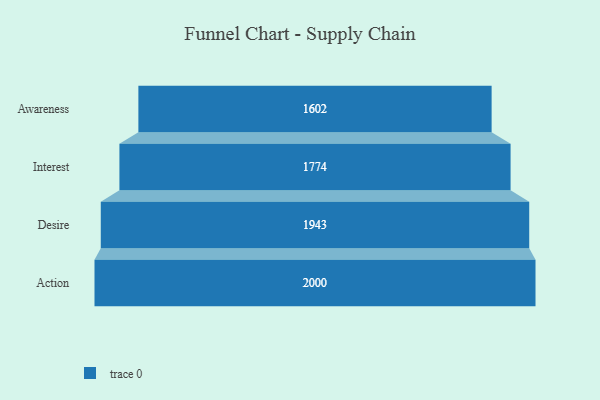
{"axis": {"x": "Stage", "y": "Value"}, "legend": [""], "data": [{"x": "Awareness", "y": 1602.0, "type": ""}, {"x": "Interest", "y": 1774.0, "type": ""}, {"x": "Desire", "y": 1943.0, "type": ""}, {"x": "Action", "y": 2000, "type": ""}]}